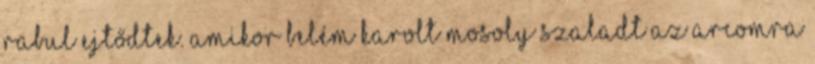
rabul ejtődtek. Amikor belém karolt mosoly szaladt az arcomra